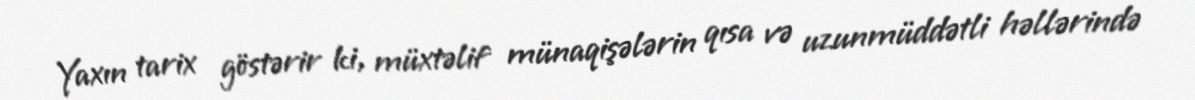
Yaxın tarix göstərir ki, müxtəlif münaqişələrin qısa və uzunmüddətli həllərində